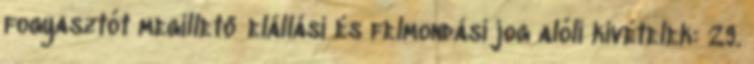
fogyasztót megillető elállási és felmondási jog alóli kivételek: 29.